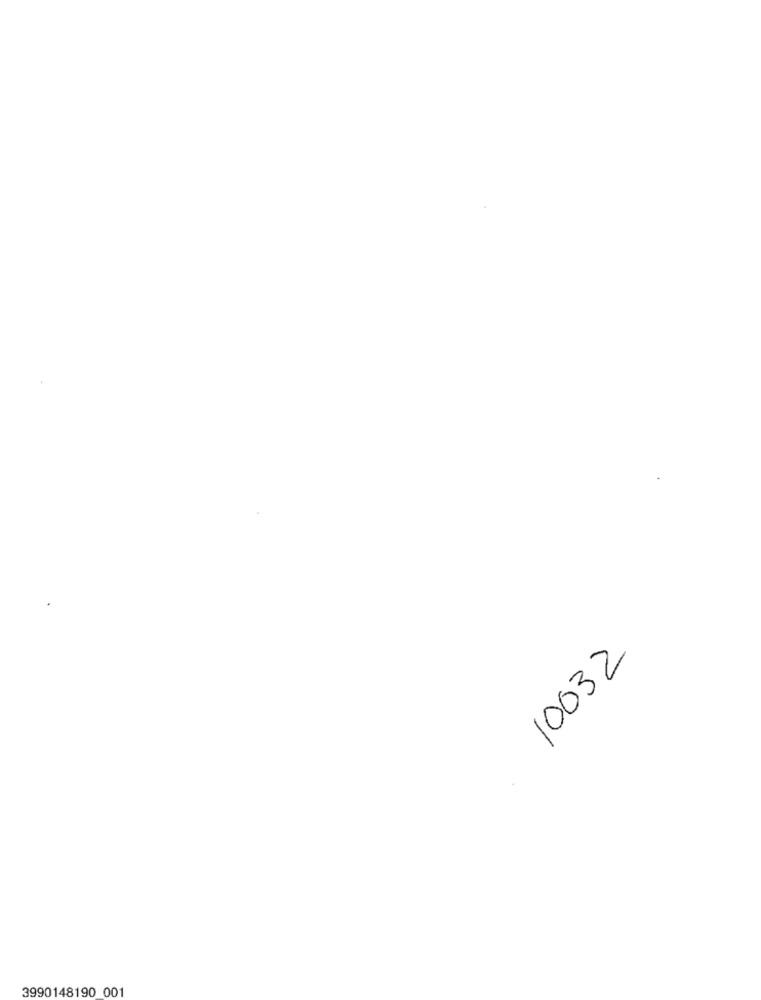
10032
3990148190 001